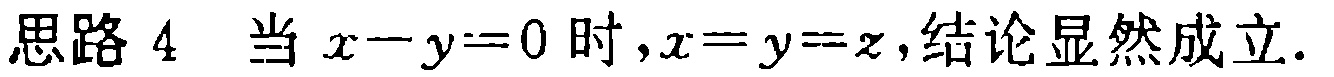
思路 4 当 \(x - y = 0\) 时，\(x = y = z\)，结论显然成立.